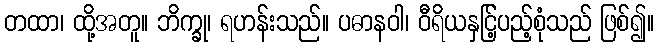
တထာ၊ ထို့အတူ။ ဘိက္ခု၊ ရဟန်းသည်။ ပဓာနဝါ၊ ဝီရိယနှင်ြ့ပည့်စုံသည် ဖြစ်၍။